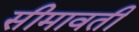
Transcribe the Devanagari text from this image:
सीमावती